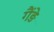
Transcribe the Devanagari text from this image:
गैंड़े